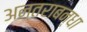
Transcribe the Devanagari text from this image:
अन्तराबन्धा